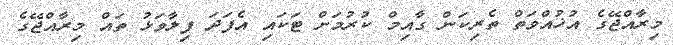
މިރާއްޖޭގެ އުޚުއްވަތް ތެރިކަން ގާއިމް ކުރުމަށް ޓަކައި އެފަދަ ފިލާވަޅު ތައް މިރާއްޖޭގެ